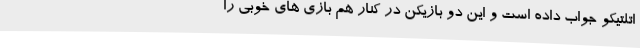
اتلتیکو جواب داده است و این دو بازیکن در کنار هم بازی های خوبی را